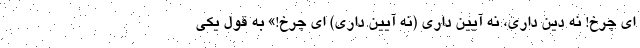
ای چرخ! نه دین داری، نه آیین داری (نه آیین داری) ای چرخ!» به قول یکی